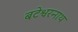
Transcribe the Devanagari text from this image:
बटेश्वरनाथ